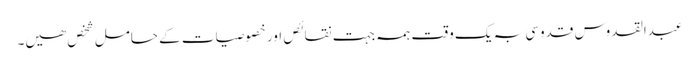
عبدالقدوس قدوسی بہ یک وقت ہمہ جہت نقائص اور خصوصیات کے حامل شخص ھیں۔